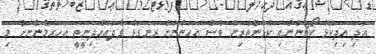
އަދި އިދިކޮޅު ކޯޗުންނާއި ކުޅުންތެރިން ވެސް އަހަންނަށް ރަނގަޅު ވާދައެއްދިނީތީ އަހަރެމެންނަށް މި